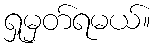
ရှုမှတ်ရမယ်။